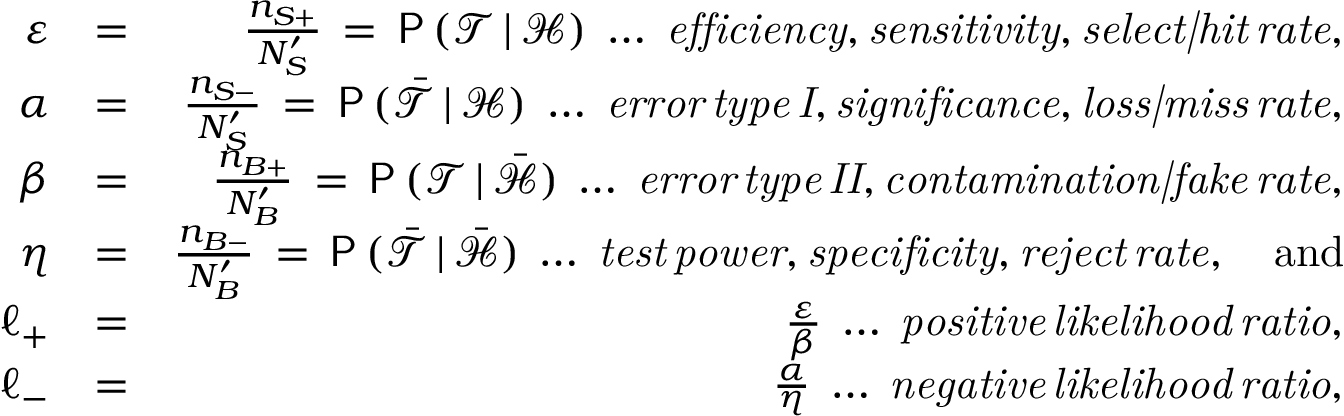
\begin{array} { r l r } { \varepsilon } & { = } & { \frac { n _ { S + } } { N _ { S } ^ { \prime } } \, = \, \mathsf { P } \, ( \mathcal { T } \, | \, \mathcal { H } ) \; \ldots \; \mathit { e f f i c i e n c y , s e n s i t i v i t y , s e l e c t | h i t \, r a t e } , } \\ { \alpha } & { = } & { \frac { n _ { S - } } { N _ { S } ^ { \prime } } \, = \, \mathsf { P } \, ( \bar { \mathcal { T } } \, | \, \mathcal { H } ) \; \ldots \; \mathit { e r r o r \, t y p e \, I , s i g n i f i c a n c e , l o s s | m i s s \, r a t e } , } \\ { \beta } & { = } & { \frac { n _ { B + } } { N _ { B } ^ { \prime } } \, = \, \mathsf { P } \, ( \mathcal { T } \, | \, \bar { \mathcal { H } } ) \; \ldots \; \mathit { e r r o r \, t y p e \, I I , c o n t a m i n a t i o n | f a k e \, r a t e } , } \\ { \eta } & { = } & { \frac { n _ { B - } } { N _ { B } ^ { \prime } } \, = \, \mathsf { P } \, ( \bar { \mathcal { T } } \, | \, \bar { \mathcal { H } } ) \; \ldots \; \mathit { t e s t \, p o w e r , s p e c i f i c i t y , r e j e c t \, r a t e } , \quad \mathrm { a n d } } \\ { \ell _ { + } } & { = } & { \frac { \varepsilon } { \beta } \; \ldots \; \mathit { p o s i t i v e \, l i k e l i h o o d \, r a t i o } , } \\ { \ell _ { - } } & { = } & { \frac { \alpha } { \eta } \; \ldots \; \mathit { n e g a t i v e \, l i k e l i h o o d \, r a t i o } , } \end{array}